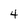
Character: 4